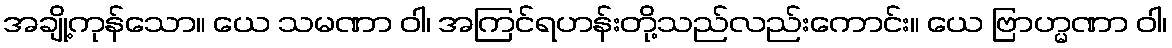
အချို့ကုန်သော။ ယေ သမဏာ ဝါ၊ အကြင်ရဟန်းတို့သည်လည်းကောင်း။ ယေ ဗြာဟ္မဏာ ဝါ၊